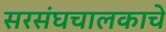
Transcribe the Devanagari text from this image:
सरसंघचालकाचे